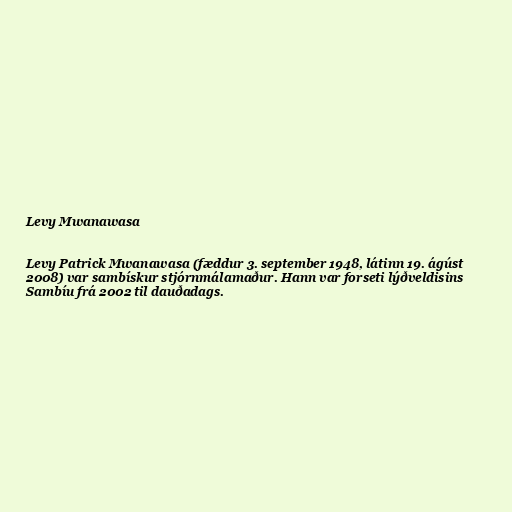
Levy Mwanawasa

Levy Patrick Mwanawasa (fæddur 3. september 1948, látinn 19. ágúst
2008) var sambískur stjórnmálamaður. Hann var forseti lýðveldisins
Sambíu frá 2002 til dauðadags.